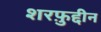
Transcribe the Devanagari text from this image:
शरफ़ुद्दीन